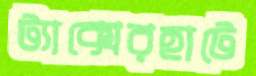
ট্যাক্সেরহাটে